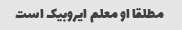
مطلقا او معلم ایروبیک است